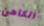
الكاهن